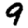
Digit: 9